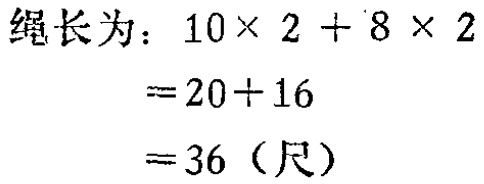
绳长为：\(10\times 2 + 8\times 2\)

\(=20 + 16\)

\(=36\)（尺）